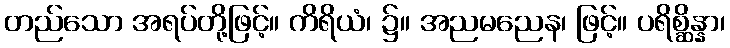
တည်သော အရပ်တို့ဖြင့်။ ကိရိယံ၊ ၌။ အညမညေန၊ ဖြင့်။ ပရိစ္ဆိန္နာ၊